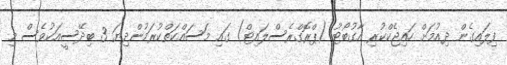
ފިލައިގެން ދިއުމަށް ހައިޖެކްކުރި އާގުބޯޓު (ޕްރޮގްރެސްލައިޓް) ގައި މަސައްކަތްކުރަމުންދިޔަ 3 ބިދޭސީއަކުވެސް މި